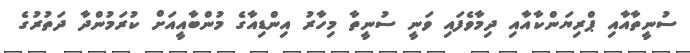
ސުނީތާއާއި ޕްރިޔަންކާއާއި ދިމާވެފައި ވަނީ ސުނީތާ މިހާރު އިންޑިއާގެ މުންބާއީއަށް ކުރަމުންދާ ދަތުރުގެ